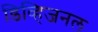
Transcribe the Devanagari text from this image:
डिव्हिजनल